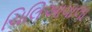
ચિલિઆવાલા